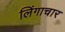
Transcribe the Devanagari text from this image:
लिंगाचार